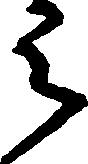
被